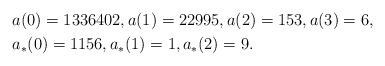
LaTeX: \begin{align*}&a(0)=1336402,a(1)=22995,a(2)=153,a(3)=6,\cr&a_*(0)=1156,a_*(1)=1,a_*(2)=9.\end{align*}